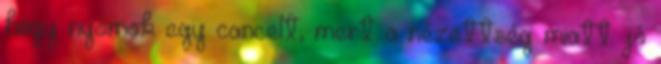
hogy nyomok egy cancelt, mert a nézettség miatt jó